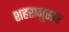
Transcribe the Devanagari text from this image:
शहरानुसार